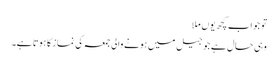
تو جواب کچھ یوں ملا
وہی حال ہے جو جیل میں ہونے والی جمعہ کی نماز کا ہوتا ہے۔